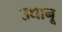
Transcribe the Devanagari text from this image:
उधानू